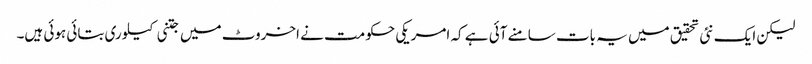
لیکن ایک نئی تحقیق میں یہ بات سامنے آئی ہے کہ امریکی حکومت نے اخروٹ میں جتنی کیلوری بتائی ہوئی ہیں۔